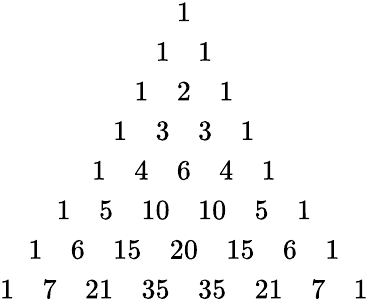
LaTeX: \begin{array}{c}{1}\\ {1\quad 1}\\ {1\quad 2\quad 1}\\ {1\quad 3\quad 3\quad 1}\\ {1\quad 4\quad 6\quad 4\quad 1}\\ {1\quad 5\quad 10\quad 10\quad 5\quad 1}\\ {1\quad 6\quad 15\quad 20\quad 15\quad 6\quad 1}\\ {1\quad 7\quad 21\quad 35\quad 35\quad 21\quad 7\quad 1}\end{array}